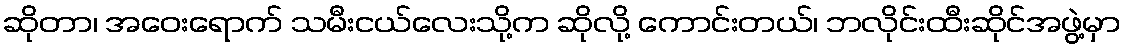
ဆိုတာ၊ အဝေးရောက် သမီးငယ်လေးသို့က ဆိုလို့ ကောင်းတယ်၊ ဘလိုင်းထီးဆိုင်အဖွဲ့မှာ